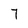
Character: 7